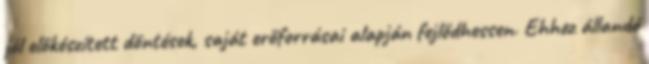
jól előkészített döntések, saját erőforrásai alapján fejlődhessen. Ehhez állandó